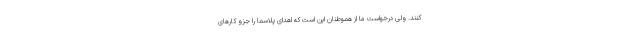
کنند. ولی درخواست ما از هموطنان این است که اهدای پلاسما را جزو کارهای